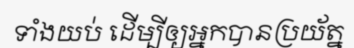
ទាំងយប់ ដើម្បីឲ្យអ្នកបានប្រយ័ត្ន